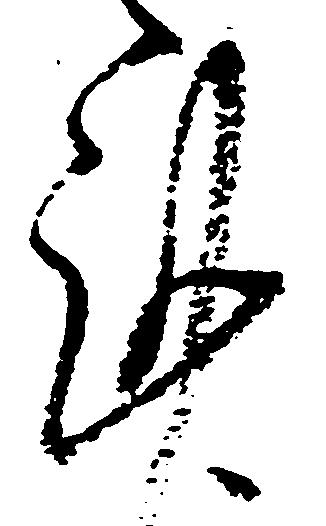
謹